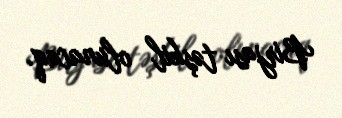
Birjası təşkil olunacaq.